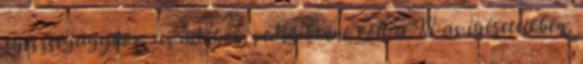
egészségügyhöz, az adóhoz, pedig benne volt a 98-as ígéreteikben,